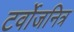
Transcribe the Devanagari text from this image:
टर्वोजनित्र